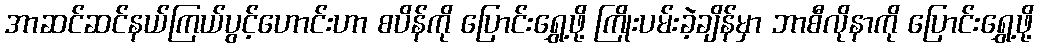
အာဆင်ဆင်နယ်ကြယ်ပွင့်ဟောင်းဟာ စပိန်ကို ပြောင်းရွှေ့ဖို့ ကြိုးပမ်းခဲ့ချိန်မှာ ဘာစီလိုနာကို ပြောင်းရွှေ့ဖို့